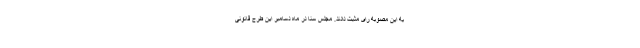
به این مصوبه رای مثبت دادند. مجلس سنا در ماه دسامبر این طرح قانونی